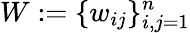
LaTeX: W:=\{ w_{ij}\} _{i,j=1}^{n}